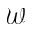
\mathcal { W }